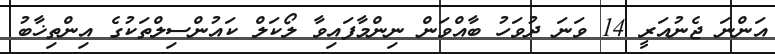
އަންނަ ޖެނުއަރީ 14 ވަނަ ދުވަހު ބާއްވަން ނިންމާފައިވާ ލޯކަލް ކައުންސިލްތަކުގެ އިންތިޚާބު